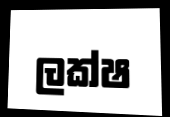
ලක්ෂ